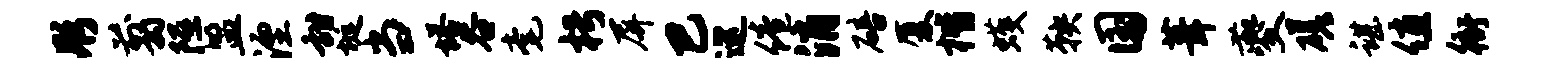
彤翦隰盟湮甜埏当塔谷毫枵屏巴巡倦消碚厦楷蠖鞅国葺夔磋谌值衙